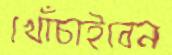
খোঁচাইবেন